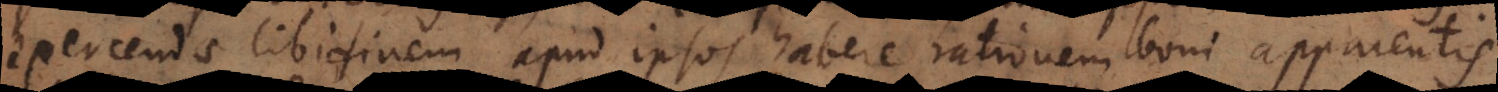
exercendae libidinem apud ipsos habere rationem boni apparentis